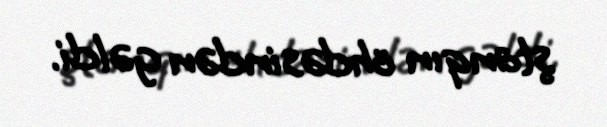
ştanqın öhdəsindən gəldi.